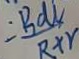
= \frac { R D V } { R X Y }